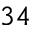
3 4